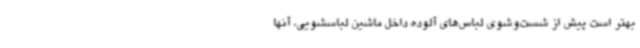
بهتر است پیش از شست‌وشوی لباس‌های آلوده داخل ماشین لباسشویی، آنها